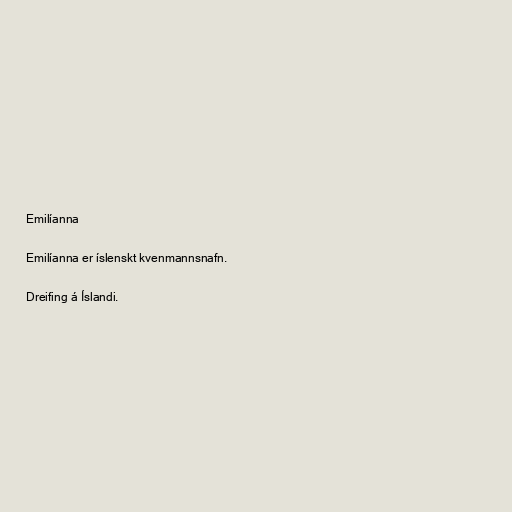
Emilíanna

Emilíanna er íslenskt kvenmannsnafn.

Dreifing á Íslandi.